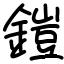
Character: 鎧